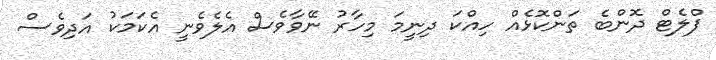
ފްލެޓް ދޮންބެ ތަންކޮޅެއް ހިއްކަ ދިނީމަ މިހާރު ނޭވާވެސް އެލެވެނީ އެކަމަކު އަދިވެސް